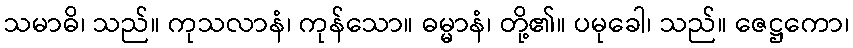
သမာဓိ၊ သည်။ ကုသလာနံ၊ ကုန်သော။ ဓမ္မာနံ၊ တို့၏။ ပမုခေါ၊ သည်။ ဇေဋ္ဌကော၊